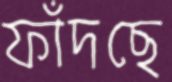
ফাঁদছে